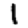
Digit: 1